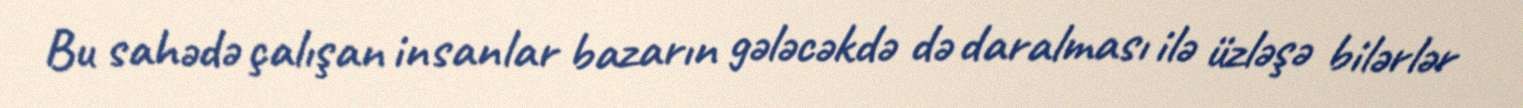
Bu sahədə çalışan insanlar bazarın gələcəkdə də daralması ilə üzləşə bilərlər